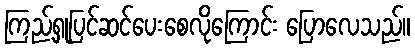
ကြည့်ရှုပြင်ဆင်ပေးစေလိုကြောင်း ပြောလေသည်။